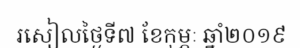
រសៀលថ្ងៃទី៧ ខែកុម្ភៈ ឆ្នាំ២០១៩